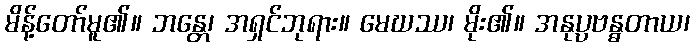
မိန့်တော်မူ၏။ ဘန္တေ၊ အရှင်ဘုရား။ မေဃဿ၊ မိုး၏။ အနုပ္ပဗန္ဓတာယ၊